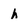
Character: h